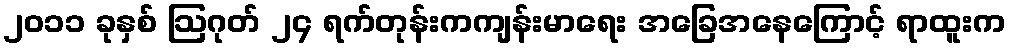
၂၀၁၁ ခုနှစ် ဩဂုတ် ၂၄ ရက်တုန်းကကျန်းမာရေး အခြေအနေကြောင့် ရာထူးက